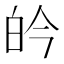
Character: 𮵄